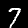
Digit: 7